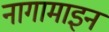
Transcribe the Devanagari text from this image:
नागामाइन